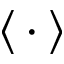
\langle \, \cdot \, \rangle